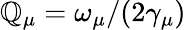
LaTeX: \mathbb{Q}_{\mu}=\omega_{\mu}/(2\gamma_{\mu})